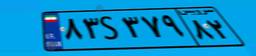
۸۳S۳۷۹۸۲